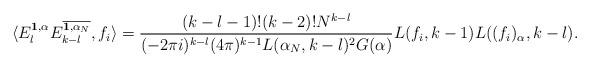
LaTeX: \begin{align*}\langle E_l^{\mathbf{1}, \alpha} E_{k-l}^{\overline{\mathbf{1}, \alpha_N}}, f_i\rangle = \frac{(k-l-1)!(k-2)!N^{k-l}}{(-2\pi i)^{k-l}(4\pi)^{k-1}L(\alpha_N,k-l)^2 G(\alpha)} L(f_i, k-1) L((f_i)_{\alpha}, k-l).\end{align*}